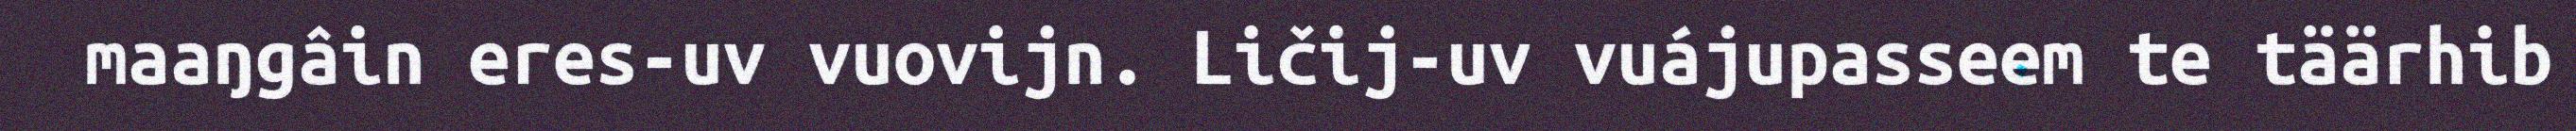
maaŋgâin eres-uv vuovijn. Ličij-uv vuájupasseem te täärhib